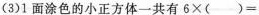
(3)1面涂色的小正方体一共有$$6 ×( ) =